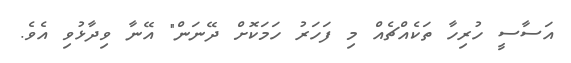
އަސާސީ ހުރިހާ ތަކެއްޗެއް މި ފަހަރު ހަމަކޮށް ދޭނަން" އޭނާ ވިދާޅުވި އެވެ.